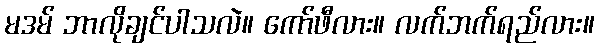
မဒမ် ဘာလိုချင်ပါသလဲ။ ကော်ဖီလား။ လက်ဘက်ရည်လား။